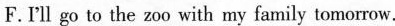
F.I'll go to the zoo with my family tomorrow.